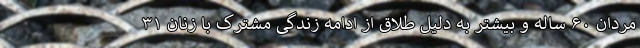
مردان ۶۰ ساله و بیشتر به دلیل طلاق از ادامه زندگی مشترک با زنان ۳۱